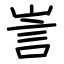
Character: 訔